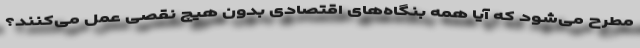
مطرح می‌شود که آیا همه بنگاه‌های اقتصادی بدون هیچ نقصی عمل می‌کنند؟